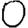
Digit: 0